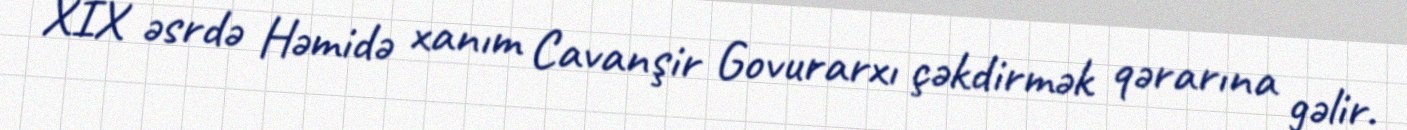
XIX əsrdə Həmidə xanım Cavanşir Govurarxı çəkdirmək qərarına gəlir.